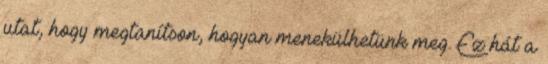
utat, hogy megtanítson, hogyan menekülhetünk meg. Ez hát a